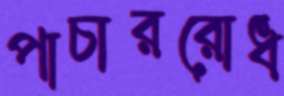
পাচাররোধ